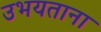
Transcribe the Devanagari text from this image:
उभयताना